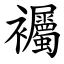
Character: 䙱